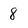
Character: 8